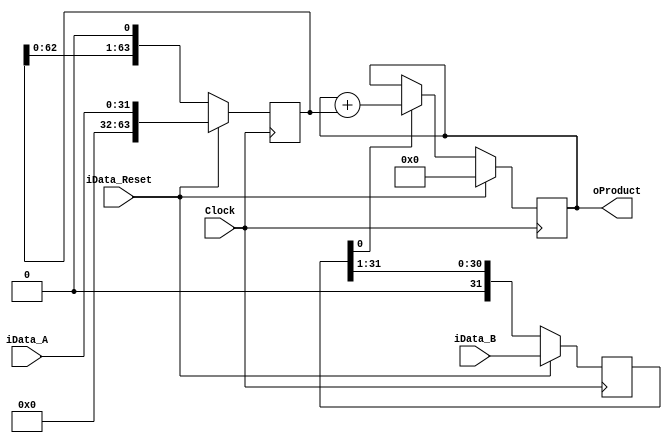
/*
	Collaterals.v
		Defines following modules:
			Data_Path
			Counter
			Verificator
			Conductual_Multiplier
*/

////////////////////////////////////////////////////////////////////
//// Module: Data_Path
////////////////////////////////////////////////////////////////////

module Data_Path  # (parameter SIZE=32) 
(
	input	wire	[SIZE-1:0]		iData_A, 		// Input data A  
	input	wire	[SIZE-1:0]		iData_B,		// Input data B
	input 	wire	        		iData_Reset,	// 
	input	wire 					Clock,			// 
	output	reg		[2*SIZE-1:0]	oProduct		// 
);

// Registers Definition
reg [SIZE-1:0] reg_B;
reg [2*SIZE-1:0] reg_A;

// Define a Sum Result
reg [2*SIZE-1:0] wTmp_Sum;
wire add_sel;
assign add_sel = reg_B[0];

always @ (posedge Clock)
	begin
		wTmp_Sum = (!add_sel) ? oProduct : (oProduct + reg_A);
		oProduct = (iData_Reset) ? {2*SIZE{1'b0}} : wTmp_Sum ;
		reg_B 	 = (iData_Reset) ? iData_B : (reg_B >> 1);
		reg_A 	 = (iData_Reset) ? {{SIZE{1'b0}},iData_A} : (reg_A << 1);	
	end


endmodule
////////////////////////////////////////////////////////////////////

////////////////////////////////////////////////////////////////////
//// Module: Counter
////////////////////////////////////////////////////////////////////

module Counter # (parameter SIZE=5)
(
	input wire Clock, iCounterReset,
	output reg [SIZE-1:0] oCounter
);

// Counter logic
always @(posedge Clock )
	begin	
		// Synchronous Reset 
		if (iCounterReset)
			oCounter = 0;
		else
			begin
				oCounter = oCounter + 1;
			end			
	end

endmodule
////////////////////////////////////////////////////////////////////


////////////////////////////////////////////////////////////////////
//// Module: Verificator
////////////////////////////////////////////////////////////////////
module verificator
(
	input wire [63:0] iR_dut,
	input wire [63:0] iR_nut,
	input wire Clock,
	input wire Reset,
	output reg	 good
);
	always @(posedge Clock)
		begin
			if (Reset) good = 0;
			else
				begin
					if (iR_dut == iR_nut) good = 1;
					else good = 0;
				end
		end
endmodule 
/////////////////////////////////////////////////////////////////////

////////////////////////////////////////////////////////////////////
//// Module: Coductual_Multiplier
////////////////////////////////////////////////////////////////////

module Conductual_Multiplicator
(
	input	wire	[31:0]	iData_A, 	// 	Input data A  
	input	wire	[31:0]	iData_B,	// 	Input data B
	input 	wire	Clock,
	input 	wire	Reset,
	input 	wire 	iValid_Data,		// 	Input flag that 
	input	wire	iAcknoledged,		//	Input flaf that 
	output	reg		oDone,				//	Output flag that indicates when the data is ready 
	output	reg		oIdle,				//	Output flag that indicates when the multiplier is ready to load data in
	output	reg 	[63:0]	oResult
);
	always @(posedge Clock)
		begin
			if(iValid_Data)
				begin
					oResult = iData_A*iData_B;
					oDone <= 1'b1;
					oIdle <= 1'b0;
				end
			else if(iAcknoledged)
				begin
					oResult = 63'b0;
					oIdle <= 1'b1;
					oDone <= 1'b0;
				end
		end

endmodule
///////////////////////////////////////////////////////////////////////